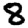
Digit: 8